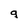
Character: q